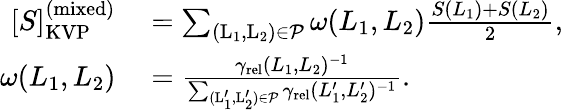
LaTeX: \begin{array}{rl}{[S]_{\mathrm{KVP}}^{\mathrm{(mixed)}}}&{{}=\sum_{\mathrm{(L_{1},L_{2})}\in\mathcal{P}}\omega(L_{1},L_{2})\frac{S(L_{1})+S(L_{2})}{2},}\\ {\omega(L_{1},L_{2})}&{{}=\frac{\gamma_{\mathrm{rel}}(L_{1},L_{2})^{-1}}{\sum_{\mathrm{(L_{1}^{\prime},L_{2}^{\prime})}\in\mathcal{P}}\gamma_{\mathrm{rel}}(L_{1}^{\prime},L_{2}^{\prime})^{-1}}.}\end{array}